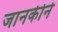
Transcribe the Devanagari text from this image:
जानकीने